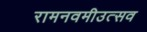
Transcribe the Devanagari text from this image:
रामनवमीउत्सव